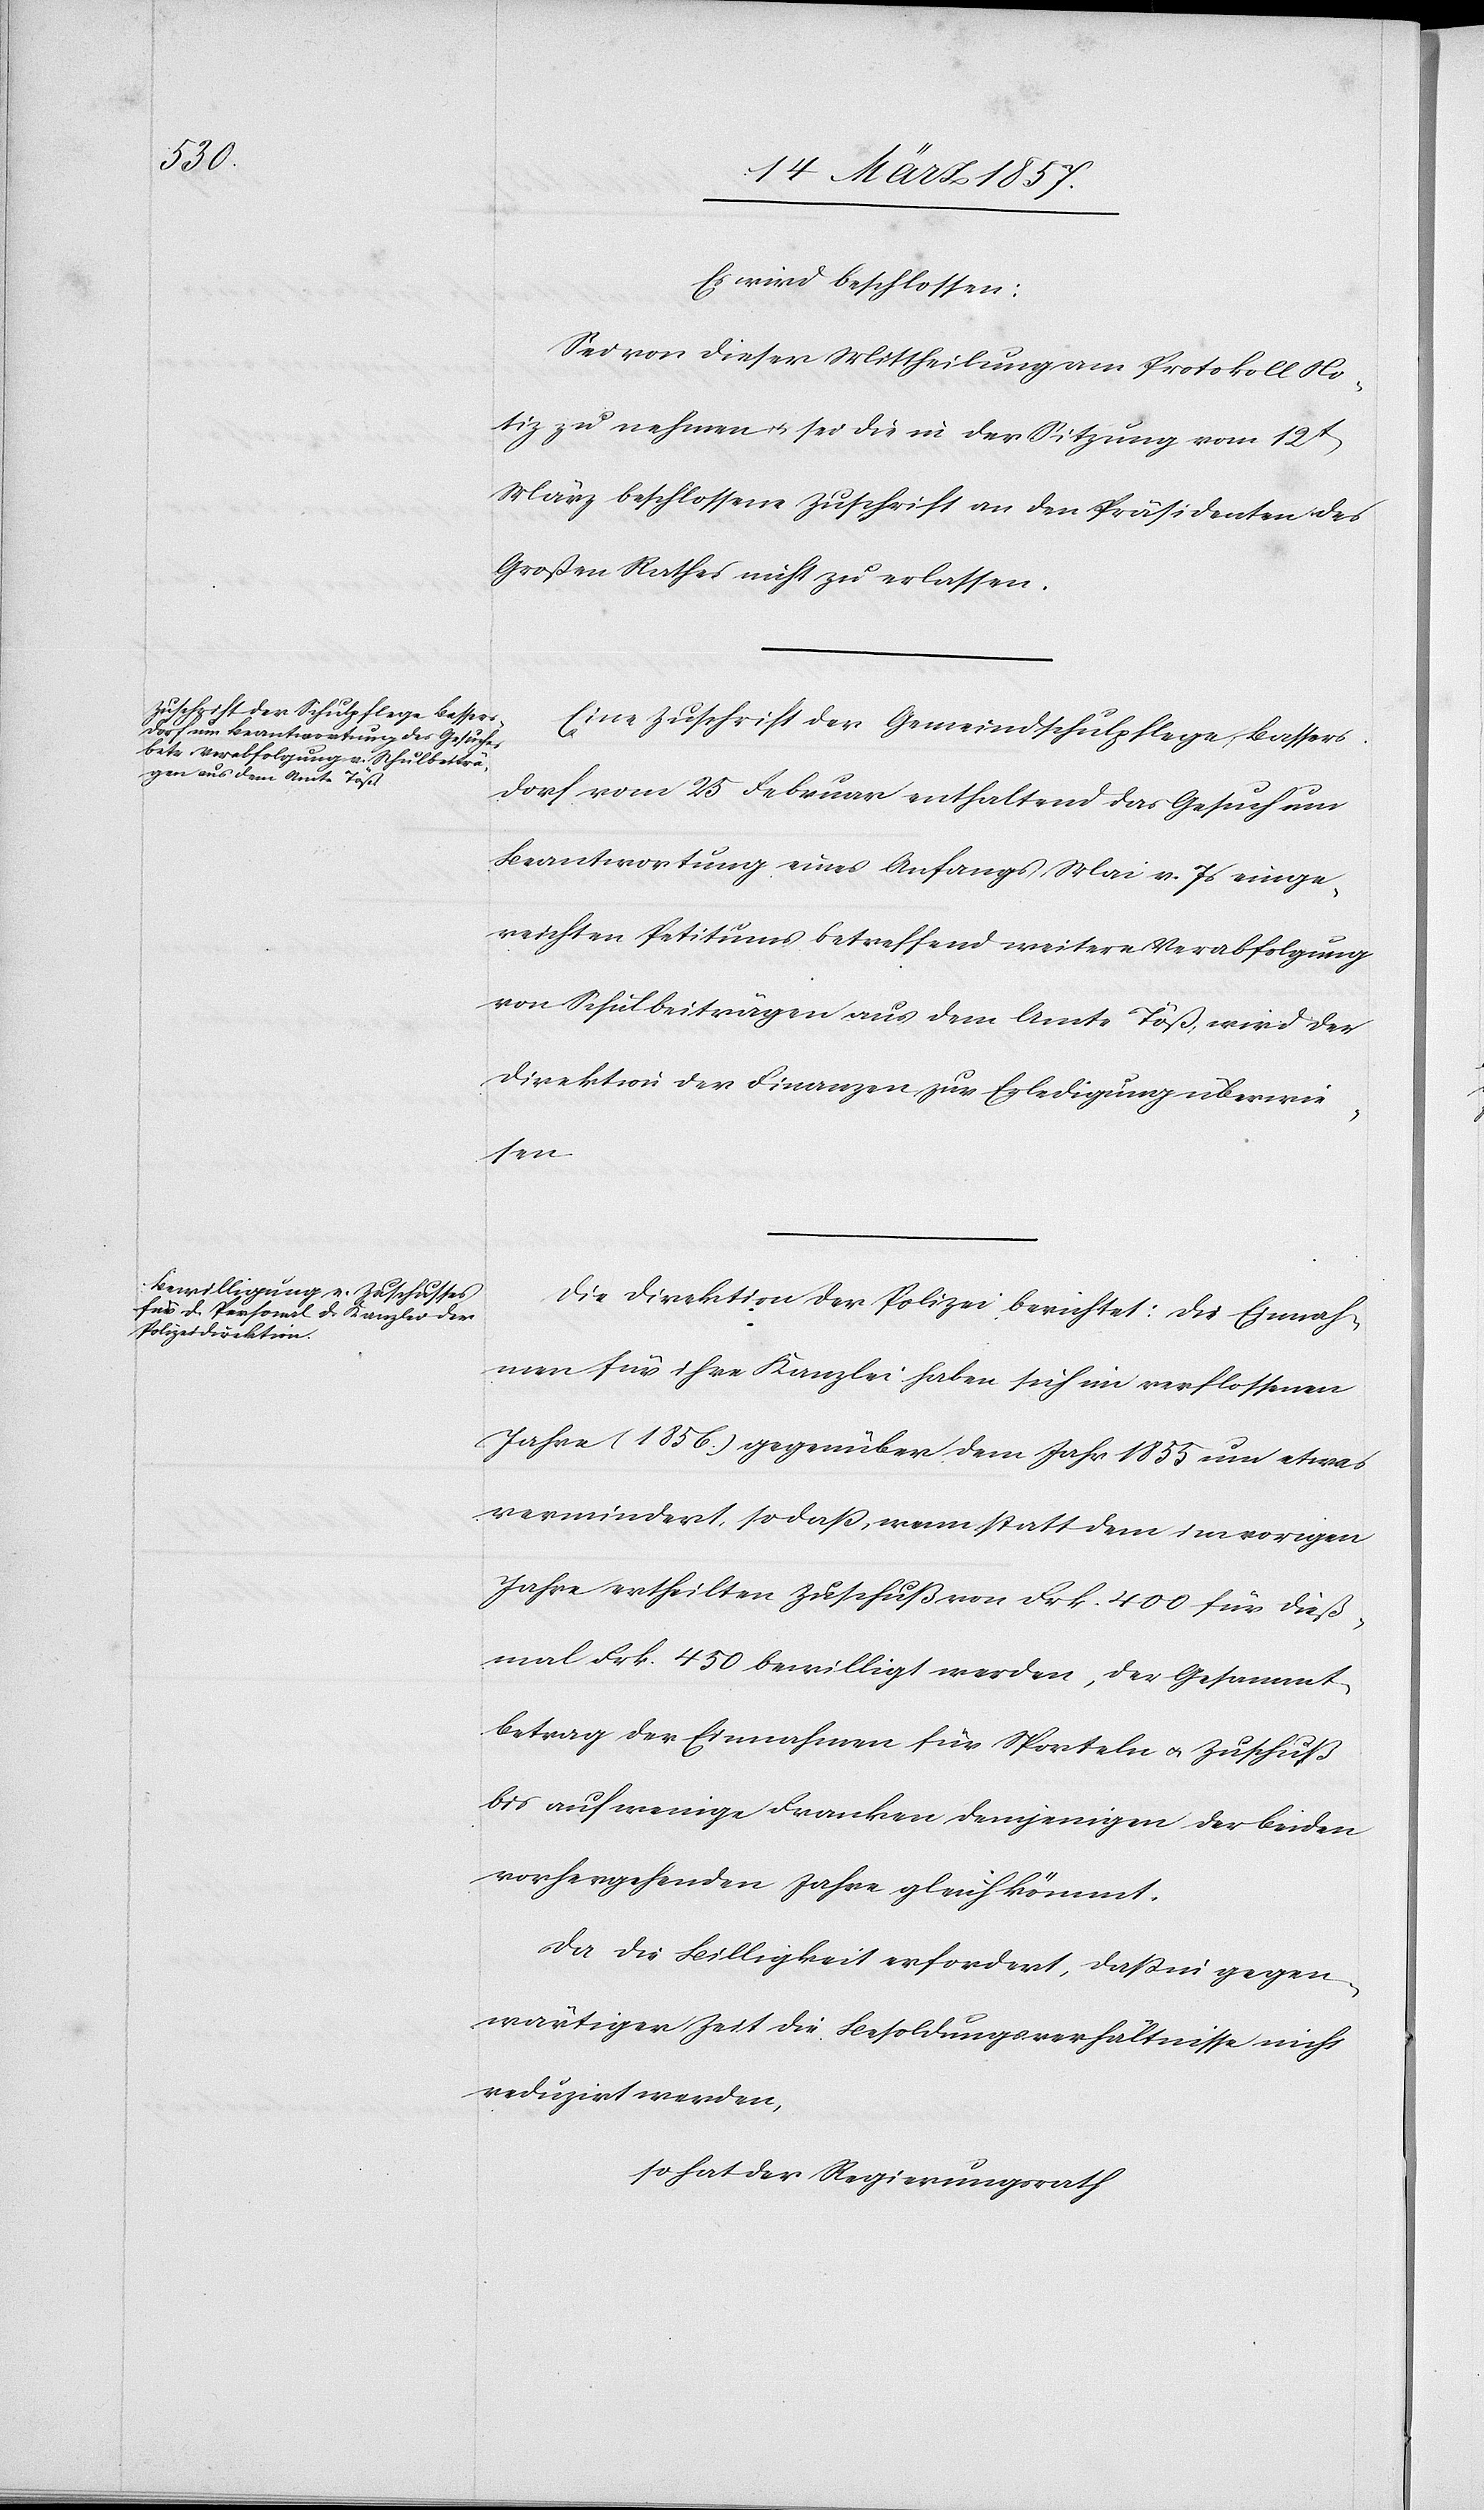
Es wird beschlossen:
Sei von dieser Mittheilung am Protokoll No¬
tiz zu nehmen u. sei die in der Sitzung vom 12t
März beschlossene Zuschrift an den Präsidenten des
Großen Rathes nicht zu erlassen.
Eine Zuschrift der Gemeindschulpflege Bassers¬
dorf vom 25 Februar enthaltend das Gesuch um
Beantwortung eines Anfangs Mai v. Js einge¬
reichten Petitums betreffend weitere Verabfolgung
von Schulbeiträgen aus dem Amte Töß, wird der
Direktion der Finanzen zur Erledigung überwie¬
sen.
Die Direktion der Polizei berichtet: Die Einnah¬
men für ihre Kanzlei haben sich im verflossenen
Jahre (1856.) gegenüber dem Jahr 1855 um etwas
vermindert, so daß, wenn statt dem im vorigen
Jahre ertheilten Zuschuß von Frk. 400 für dieß¬
mal Frk. 450 bewilligt werden, der Gesammt¬
betrag der Einnahmen für Sporteln u. Zuschuß
bis auf wenige Franken demjenigen der beiden
vorhergehenden Jahre gleichkömmt.
Da die Billigkeit erfordert, daß in gegen¬
wärtiger Zeit die Besoldungsverhältnisse nicht
reduzirt werden,
so hat der Regierungsrath